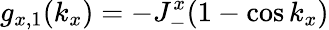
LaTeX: g_{x,1}(k_{x})=-J_{-}^{x}(1-\cos k_{x})